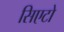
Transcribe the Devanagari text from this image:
सिएटो